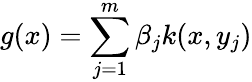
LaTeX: g(x)=\sum_{j=1}^{m}\beta_{j}k(x,y_{j})